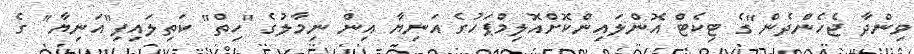
ވިންދާ ޖެހެންދެން"ގެ ޓިކެޓް އޮންލައިންކޮށްއޮލިމްޕަހުގެ އަނިޔާ އިން ނިމާލުގެ "ހިތް" ކަތިލައިފި"އަނިޔާ" ގެ